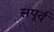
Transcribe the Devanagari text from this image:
सपूर्द